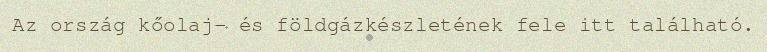
Az ország kőolaj- és földgázkészletének fele itt található.